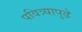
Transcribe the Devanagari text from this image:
पवित्र्यापुढे